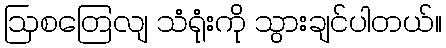
ဩစတြေလျ သံရုံးကို သွားချင်ပါတယ်။